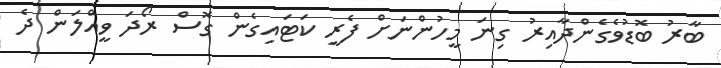
ބާރު ބޮޑުވެގެންދާއިރު ގިނަ މީހުންނަށް ފެރީ ކަޓައިގެން ގޮސް ރޯދަ ވީއްލަން ދެ